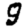
Digit: 9